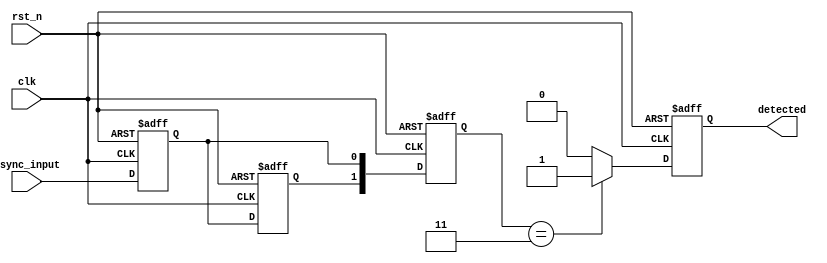
module dual_ff_detector (
    input wire clk,         // Clock input for synchronization
    input wire rst_n,       // Active low reset
    input wire async_input, // Asynchronous input signal to be monitored
    output reg detected     // Output signal indicating pattern detection
);

// State definitions
reg ff1, ff2; // Dual flip-flops for state storage
reg [1:0] state; // State register for intermediate states

// Memory block to store predefined patterns (for simplicity, let's assume a 2-bit pattern)
parameter PATTERN = 2'b11; // Example pattern to detect

// State machine and detection logic
always @(posedge clk or negedge rst_n) begin
    if (!rst_n) begin
        ff1 <= 1'b0; // Reset flip-flops
        ff2 <= 1'b0;
        detected <= 1'b0; // Reset detected signal
        state <= 2'b00; // Reset state
    end else begin
        // Dual Flip-Flop sampling
        ff1 <= async_input; // Sample the input signal
        ff2 <= ff1;         // Sample the output of the first FF

        // State updating
        state <= {ff2, ff1}; // Create a 2-bit state from the flip-flops

        // Pattern detection logic
        if (state == PATTERN) begin
            detected <= 1'b1; // Assert detected if pattern matches
        end else begin
            detected <= 1'b0; // Deassert detected otherwise
        end
    end
end

endmodule